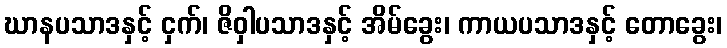
ဃာနပသာဒနှင့် ငှက်၊ ဇိဝှါပသာဒနှင့် အိမ်ခွေး၊ ကာယပသာဒနှင့် တောခွေး၊